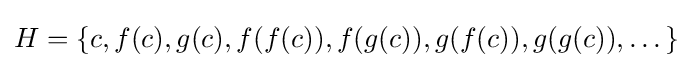
H=\{c,f(c),g(c),f(f(c)),f(g(c)),g(f(c)),g(g(c)),\dots \}